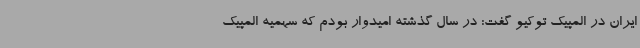
ایران در المپیک توکیو گفت: در سال گذشته امیدوار بودم که سهمیه المپیک